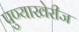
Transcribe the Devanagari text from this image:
पुण्याखेरीज